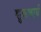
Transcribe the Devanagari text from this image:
शुक्रचार्य